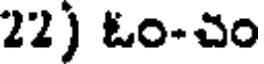
22) ఓం-చం